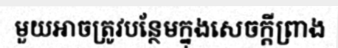
មួយអាចត្រូវបន្ថែមក្នុងសេចក្តីព្រាង